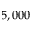
5 , 0 0 0